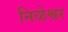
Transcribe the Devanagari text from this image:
निळेश्वर